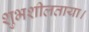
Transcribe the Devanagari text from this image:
शुभशीलताया।